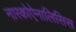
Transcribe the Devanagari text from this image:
नारकोऐनालिसिस